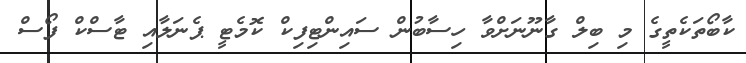
ކާބޯތަކެތީގެ މި ބިލް ގާނޫނަށްވާ ހިސާބުން ސައިންޓިފިކް ކޮމެޓީ ޕެނަލާއި ޓާސްކް ފޯސް